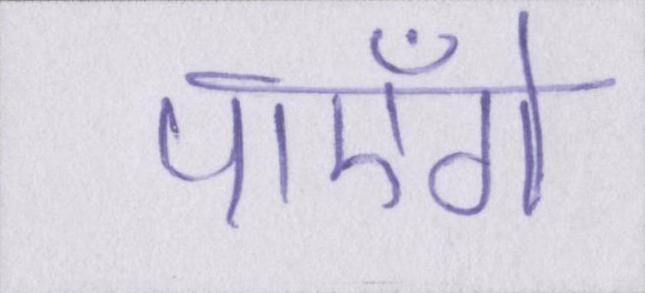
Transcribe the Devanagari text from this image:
पाएँगे